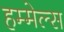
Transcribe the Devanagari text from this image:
हम्मेल्स